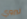
ليروي